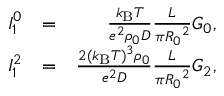
\begin{array} { r l r } { I _ { 1 } ^ { 0 } } & { = } & { \frac { k _ { \mathrm { B } } T } { e ^ { 2 } \rho _ { 0 } D } \frac { L } { \pi { R _ { 0 } } ^ { 2 } } G _ { 0 } , } \\ { I _ { 1 } ^ { 2 } } & { = } & { \frac { 2 ( k _ { \mathrm { B } } T ) ^ { 3 } \rho _ { 0 } } { e ^ { 2 } D } \frac { L } { \pi { R _ { 0 } } ^ { 2 } } G _ { 2 } , } \end{array}